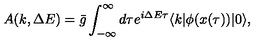
A ( k , \Delta E ) = \bar { g } \int _ { - \infty } ^ { \infty } d \tau e ^ { i \Delta E \tau } \langle k | \phi ( x ( \tau ) ) | 0 \rangle ,